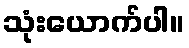
သုံးယောက်ပါ။